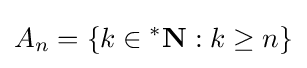
A_{n}=\{k\in {^{*}\mathbf {N} }:k\geq n\}